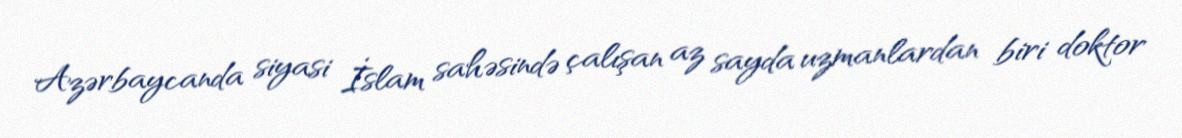
Azərbaycanda siyasi İslam sahəsində çalışan az sayda uzmanlardan biri doktor